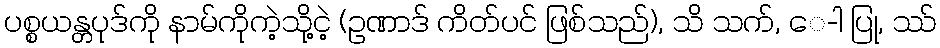
ပစ္စယန္တပုဒ်ကို နာမ်ကိုကဲ့သို့ငဲ့ (ဥဏာဒ် ကိတ်ပင် ဖြစ်သည်), သိ သက်, ေ-ါ ပြု, ဿ်